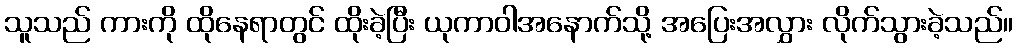
သူသည် ကားကို ထိုနေရာတွင် ထိုးခဲ့ပြီး ယုကာဝါအနောက်သို့ အပြေးအလွှား လိုက်သွားခဲ့သည်။